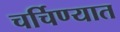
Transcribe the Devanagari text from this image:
चर्चिण्यात